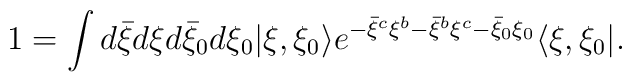
1=\int d{\bar \xi}d\xi d{\bar \xi}_0d\xi_0|\xi,\xi_0\rangle e^{-{\bar \xi}^c\xi^b-{\bar \xi}^b\xi^c-{\bar \xi}_0\xi_0}\langle\xi,\xi_0|.